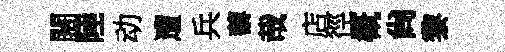
闊陸动遭兵藜哉店徑概尙黎